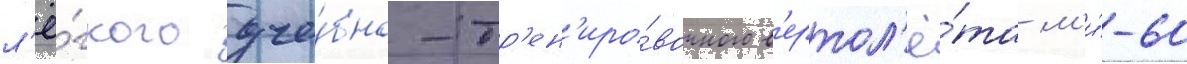
л'ё́гкого уче́бно-тр'ен'иро́вочного в'ертол'ё́та м'и́-60